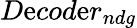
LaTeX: D\mathrm{e}cod\mathrm{e}r_{ndg}